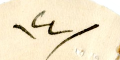
١٤